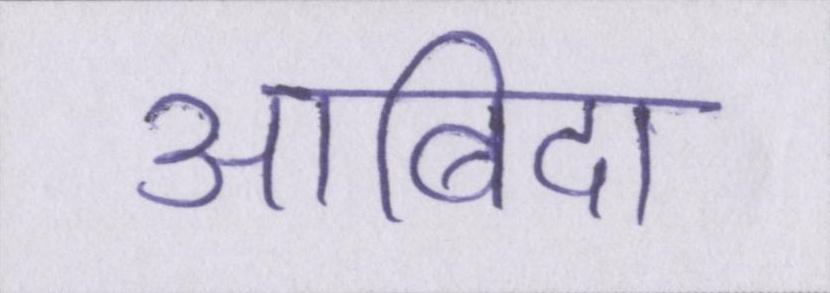
आबिदा